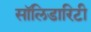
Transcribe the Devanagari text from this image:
सॉलिडारिटी